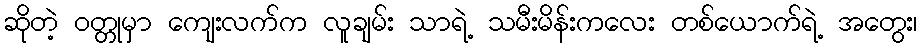
ဆိုတဲ့ ဝတ္တုမှာ ကျေးလက်က လူချမ်း သာရဲ့ သမီးမိန်းကလေး တစ်ယောက်ရဲ့ အတွေး၊